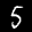
Label: 5